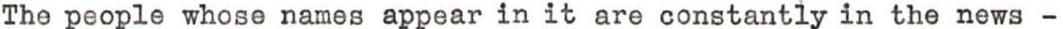
The people whose names appear in it are constantly in the news -